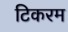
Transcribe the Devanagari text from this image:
टिकरम